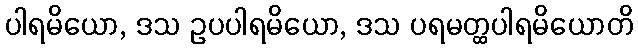
ပါရမိယော, ဒသ ဥပပါရမိယော, ဒသ ပရမတ္ထပါရမိယောတိ